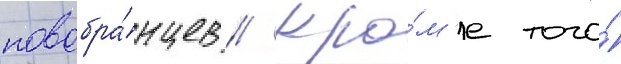
новобра́нцев // Кро́м'е того́